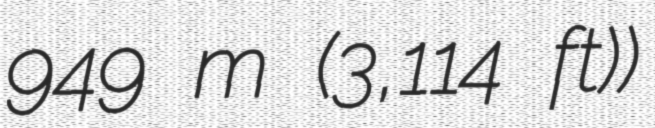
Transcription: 949 m (3,114 ft))